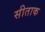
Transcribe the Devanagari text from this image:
सीताक